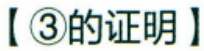
【\textcircled{3}的证明】